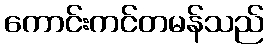
ကောင်းကင်တမန်သည်